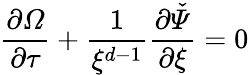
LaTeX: \frac{\partial\mathit{\Omega}}{\partial\tau}+\frac{1}{\xi^{d-1}}\frac{\partial\mathit{\check{\Psi}}}{\partial\xi}=0